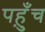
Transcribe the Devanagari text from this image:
पह़ुँच